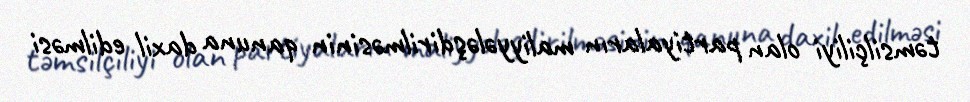
təmsilçiliyi olan partiyaların maliyyələşdirilməsinin qanuna daxil edilməsi